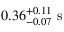
0 . 3 6 _ { - 0 . 0 7 } ^ { + 0 . 1 1 } \mathrm { ~ s ~ }